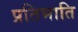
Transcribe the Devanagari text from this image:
प्रतिभाति